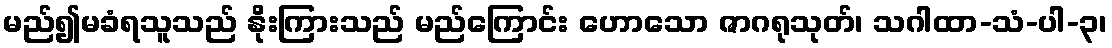
မည်၍မခံရသူသည် နိုးကြားသည် မည်ကြောင်း ဟောသော ဇာဂရုသုတ်၊ သဂါထာ-သံ-ပါ-၃၊